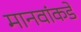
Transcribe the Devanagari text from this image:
मानवांकडे